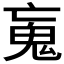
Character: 𩱿